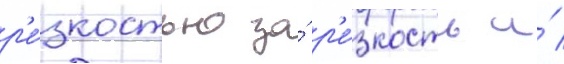
р'е́зкостью за́ р'е́зкость и́